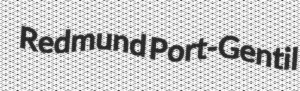
Redmund Port-Gentil